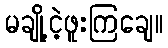
မချို့ငဲ့ဖူးကြချေ။